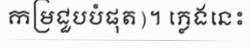
កម្រជួបបំផុត)។ ភ្លេងនេះ